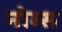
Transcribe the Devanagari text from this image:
नोम्स